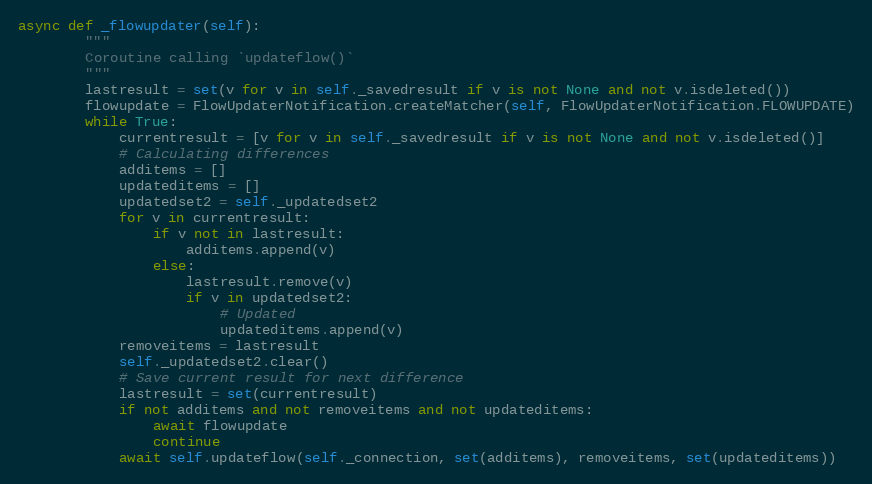
Language: Python
async def _flowupdater(self):
        """
        Coroutine calling `updateflow()`
        """
        lastresult = set(v for v in self._savedresult if v is not None and not v.isdeleted())
        flowupdate = FlowUpdaterNotification.createMatcher(self, FlowUpdaterNotification.FLOWUPDATE)
        while True:
            currentresult = [v for v in self._savedresult if v is not None and not v.isdeleted()]
            # Calculating differences
            additems = []
            updateditems = []
            updatedset2 = self._updatedset2
            for v in currentresult:
                if v not in lastresult:
                    additems.append(v)
                else:
                    lastresult.remove(v)
                    if v in updatedset2:
                        # Updated
                        updateditems.append(v)
            removeitems = lastresult
            self._updatedset2.clear()
            # Save current result for next difference
            lastresult = set(currentresult)
            if not additems and not removeitems and not updateditems:
                await flowupdate
                continue
            await self.updateflow(self._connection, set(additems), removeitems, set(updateditems))